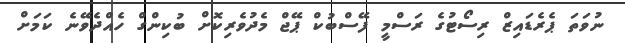
ނުވަތަ ޕެރެޑައިޒް ރިސޯޓުގެ ރަސްމީ ފޭސްބުކް ޕޭޖް މެދުވެރިކޮށް ބުކިންގް ހެއްދެވޭނެ ކަމަށް